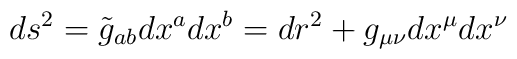
ds^2 = \tilde g_{ab} dx^a dx^b = dr^2 +g_{\mu\nu} dx^\mu dx^\nu